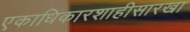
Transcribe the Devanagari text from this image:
एकाधिकारशाहीसारखा